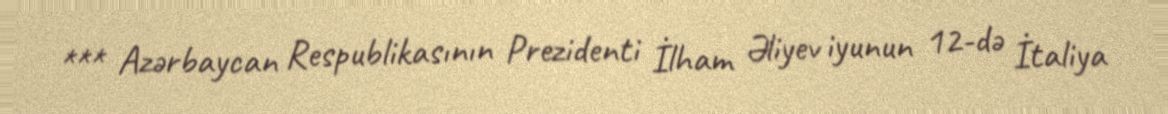
*** Azərbaycan Respublikasının Prezidenti İlham Əliyev iyunun 12-də İtaliya